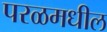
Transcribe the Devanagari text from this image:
परळमधील